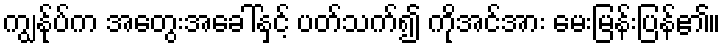
ကျွန်ုပ်က အတွေးအခေါ်နှင့် ပတ်သက်၍ ကိုအင်အား မေးမြန်းပြန်၏။